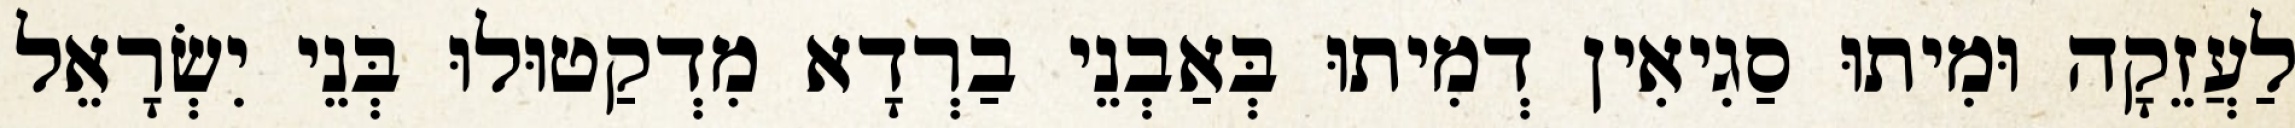
לַעֲזֵקָה וּמִיתוּ סַגִיאִין דְמִיתוּ בְּאַבְנֵי בַרְדָא מִדְקַטוּלוּ בְּנֵי יִשְׂרָאֵל